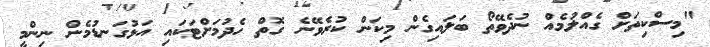
"މިސްކިތަށް ގެއްލުމެއް ނުދެވޭތޯ ބަލައިގެން މިކަން ކުރެވޭނެ ގޮތް ހެދުމަށްޓަކައި އަޅުގަނޑުމެން ނިންމީ